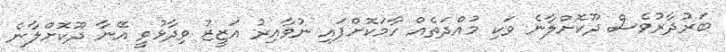
ބަރުދާރުވެސް ދޫކޮށްލާނެ ވަކި މުއްދަތެއް ހާމަކޮށްފައި ނުވާއިރު އަޒީޒު ވިދާޅުވީ އޭނާ ދޫކޮށްލާނެ